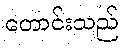
တောင်းသည်